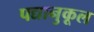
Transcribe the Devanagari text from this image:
पद्यानुकूल